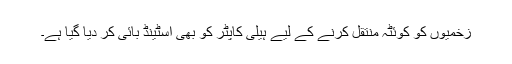
زخمیوں کو کوئٹہ منتقل کرنے کے لیے ہیلی کاپٹر کو بھی اسٹینڈ بائی کر دیا گیا ہے۔